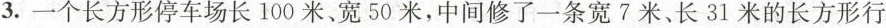
3.一个长方形停车场长100米、宽50米，中间修了一条宽7米、长31米的长方形行